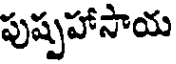
పుష్పహాసాయ